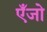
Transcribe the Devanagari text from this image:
एँजो